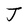
Character: J